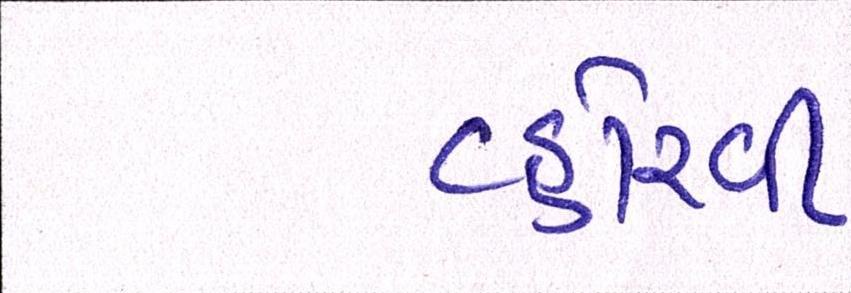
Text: વ્હોરવી